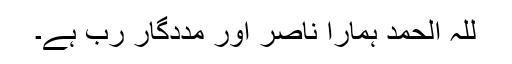
للہ الحمد ہمارا ناصر اور مددگار رب ہے۔